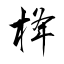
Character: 栙